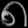
Digit: ၈